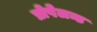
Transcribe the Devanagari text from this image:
प्रोपेलन्ट